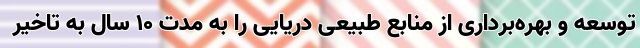
توسعه و بهره‌برداری از منابع طبیعی دریایی را به مدت ۱۰ سال به تاخیر